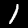
Digit: 1